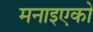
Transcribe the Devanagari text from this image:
मनाइएको